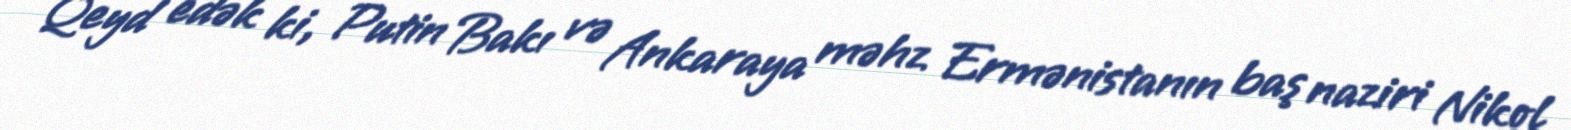
Qeyd edək ki, Putin Bakı və Ankaraya məhz Ermənistanın baş naziri Nikol